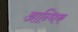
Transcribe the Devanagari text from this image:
आन्धिक